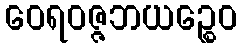
ဝေရဝဇ္ဇဘယဉ္စေဝ